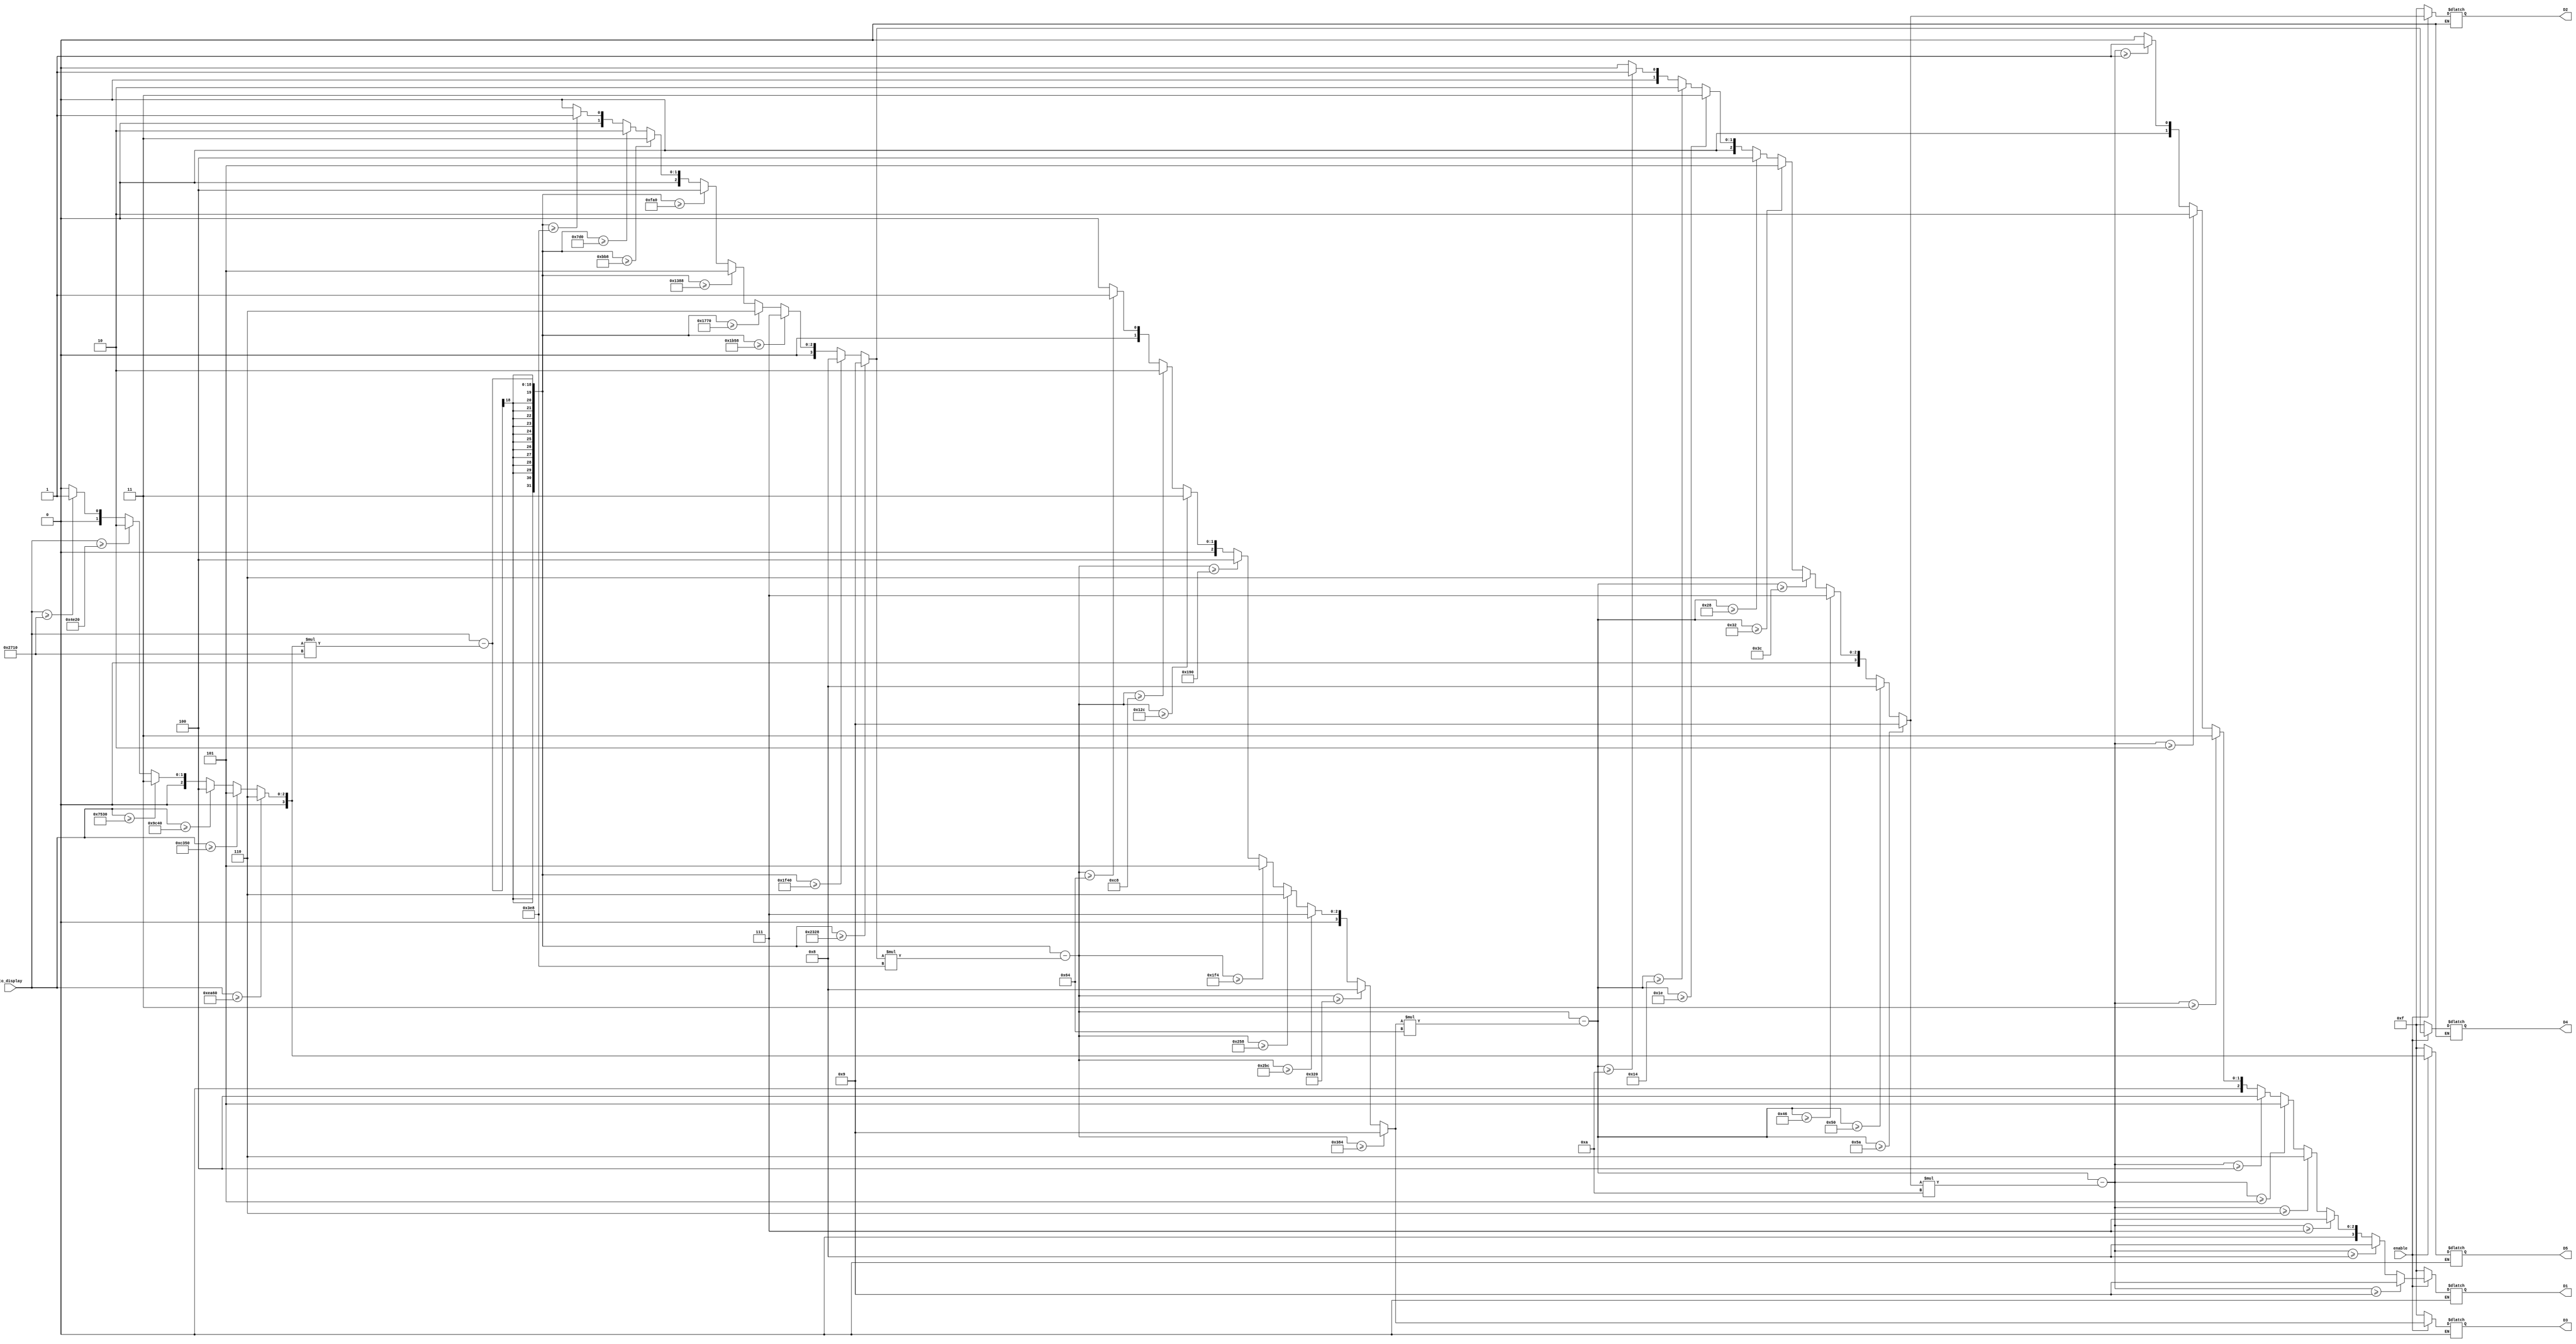
module b16toBCD (
	input [15:0] to_display,
	input enable,
	output [3:0] D5,	
	output [3:0] D4,	
	output [3:0] D3,	
	output [3:0] D2,	
	output [3:0] D1	
);
reg[3:0] i5;
reg[3:0] i4;
reg[3:0] i3;
reg[3:0] i2;
reg[3:0] i1;

always@(*)begin
	if(enable==1)begin
		if(to_display >= 60000)
			i5=6;
		else if(to_display >= 50000)
			i5=5;
		else if(to_display >= 40000)
			i5=4;
		else if(to_display >= 30000)
			i5=3;
		else if(to_display >= 20000)
			i5=2;
		else if(to_display >= 10000)
			i5=1;
		else
			i5 = 0;
			
		if((to_display - (i5*10000)) >= 9000)
			i4=9;
		else if((to_display - (i5*10000)) >= 8000)
			i4=8;
		else if((to_display - (i5*10000)) >= 7000)
			i4=7;
		else if((to_display - (i5*10000)) >= 6000)
			i4=6;
		else if((to_display - (i5*10000)) >= 5000)
			i4=5;
		else if((to_display - (i5*10000)) >= 4000)
			i4=4;
		else if((to_display - (i5*10000)) >= 3000)
			i4=3;
		else if((to_display - (i5*10000)) >= 2000)
			i4=2;
		else if((to_display - (i5*10000)) >= 1000)
			i4=1;
		else
			i4=0;
		
		if((to_display - (i5*10000) - (i4*1000)) >= 900)
			i3=9;
		else if((to_display - (i5*10000) - (i4*1000)) >= 800)
			i3=8;
		else if((to_display - (i5*10000) - (i4*1000)) >= 700)
			i3=7;
		else if((to_display - (i5*10000) - (i4*1000)) >= 600)
			i3=6;
		else if((to_display - (i5*10000) - (i4*1000)) >= 500)
			i3=5;
		else if((to_display - (i5*10000) - (i4*1000)) >= 400)
			i3=4;
		else if((to_display - (i5*10000) - (i4*1000)) >= 300)
			i3=3;
		else if((to_display - (i5*10000) - (i4*1000)) >= 200)
			i3=2;
		else if((to_display - (i5*10000) - (i4*1000)) >= 100)
			i3=1;
		else
			i3=0;
		
		if((to_display - (i5*10000) - (i4*1000) - (i3*100)) >= 90)
			i2=9;
		else if((to_display - (i5*10000) - (i4*1000) - (i3*100)) >= 80)
			i2=8;
		else if((to_display - (i5*10000) - (i4*1000) - (i3*100)) >= 70)
			i2=7;
		else if((to_display - (i5*10000) - (i4*1000) - (i3*100)) >= 60)
			i2=6;
		else if((to_display - (i5*10000) - (i4*1000) - (i3*100)) >= 50)
			i2=5;
		else if((to_display - (i5*10000) - (i4*1000) - (i3*100)) >= 40)
			i2=4;
		else if((to_display - (i5*10000) - (i4*1000) - (i3*100)) >= 30)
			i2=3;
		else if((to_display - (i5*10000) - (i4*1000) - (i3*100)) >= 20)
			i2=2;
		else if((to_display - (i5*10000) - (i4*1000) - (i3*100)) >= 10)
			i2=1;
		else 
			i2=0;
		
		if((to_display - (i5*10000) - (i4*1000) - (i3*100) - (i2*10)) >= 9)
			i1=9;
		else if((to_display - (i5*10000) - (i4*1000) - (i3*100) - (i2*10)) >= 8)
			i1=8;
		else if((to_display - (i5*10000) - (i4*1000) - (i3*100) - (i2*10)) >= 7)
			i1=7;
		else if((to_display - (i5*10000) - (i4*1000) - (i3*100) - (i2*10)) >= 6)
			i1=6;
		else if((to_display - (i5*10000) - (i4*1000) - (i3*100) - (i2*10)) >= 5)
			i1=5;
		else if((to_display - (i5*10000) - (i4*1000) - (i3*100) - (i2*10)) >= 4)
			i1=4;
		else if((to_display - (i5*10000) - (i4*1000) - (i3*100) - (i2*10)) >= 3)
			i1=3;
		else if((to_display - (i5*10000) - (i4*1000) - (i3*100) - (i2*10)) >= 2)
			i1=2;
		else if((to_display - (i5*10000) - (i4*1000) - (i3*100) - (i2*10)) >= 1)
			i1=1;
		else
			i1=0;
	end
	else if(enable==0)begin
		i5=15;
		i4=15;
		i3=15;
		i2=15;
		i1=15;
	end
end

assign D5=i5;
assign D4=i4;
assign D3=i3;
assign D2=i2;
assign D1=i1;


endmodule